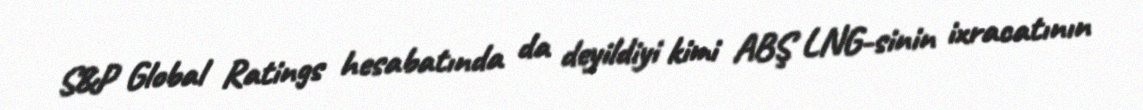
S&P Global Ratings hesabatında da deyildiyi kimi ABŞ LNG-sinin ixracatının